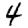
Digit: 4